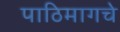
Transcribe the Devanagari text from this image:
पाठिमागचे